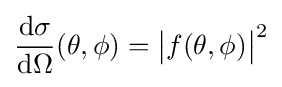
{\frac {\mathrm {d} \sigma }{\mathrm {d} \Omega }}(\theta ,\phi )={\bigl |}f(\theta ,\phi ){\bigr |}^{2}